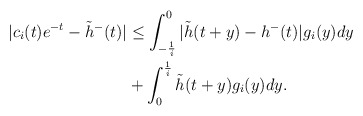
\begin{align*}|c_i(t)e^{-t}-\tilde{h}^{-}(t)|&\le \int_{-\frac{1}{i}}^0|\tilde{h}(t+y)-h^{-}(t)|g_i(y)dy\\&+\int_{0}^{\frac{1}{i}}\tilde{h}(t+y)g_i(y)dy.\end{align*}